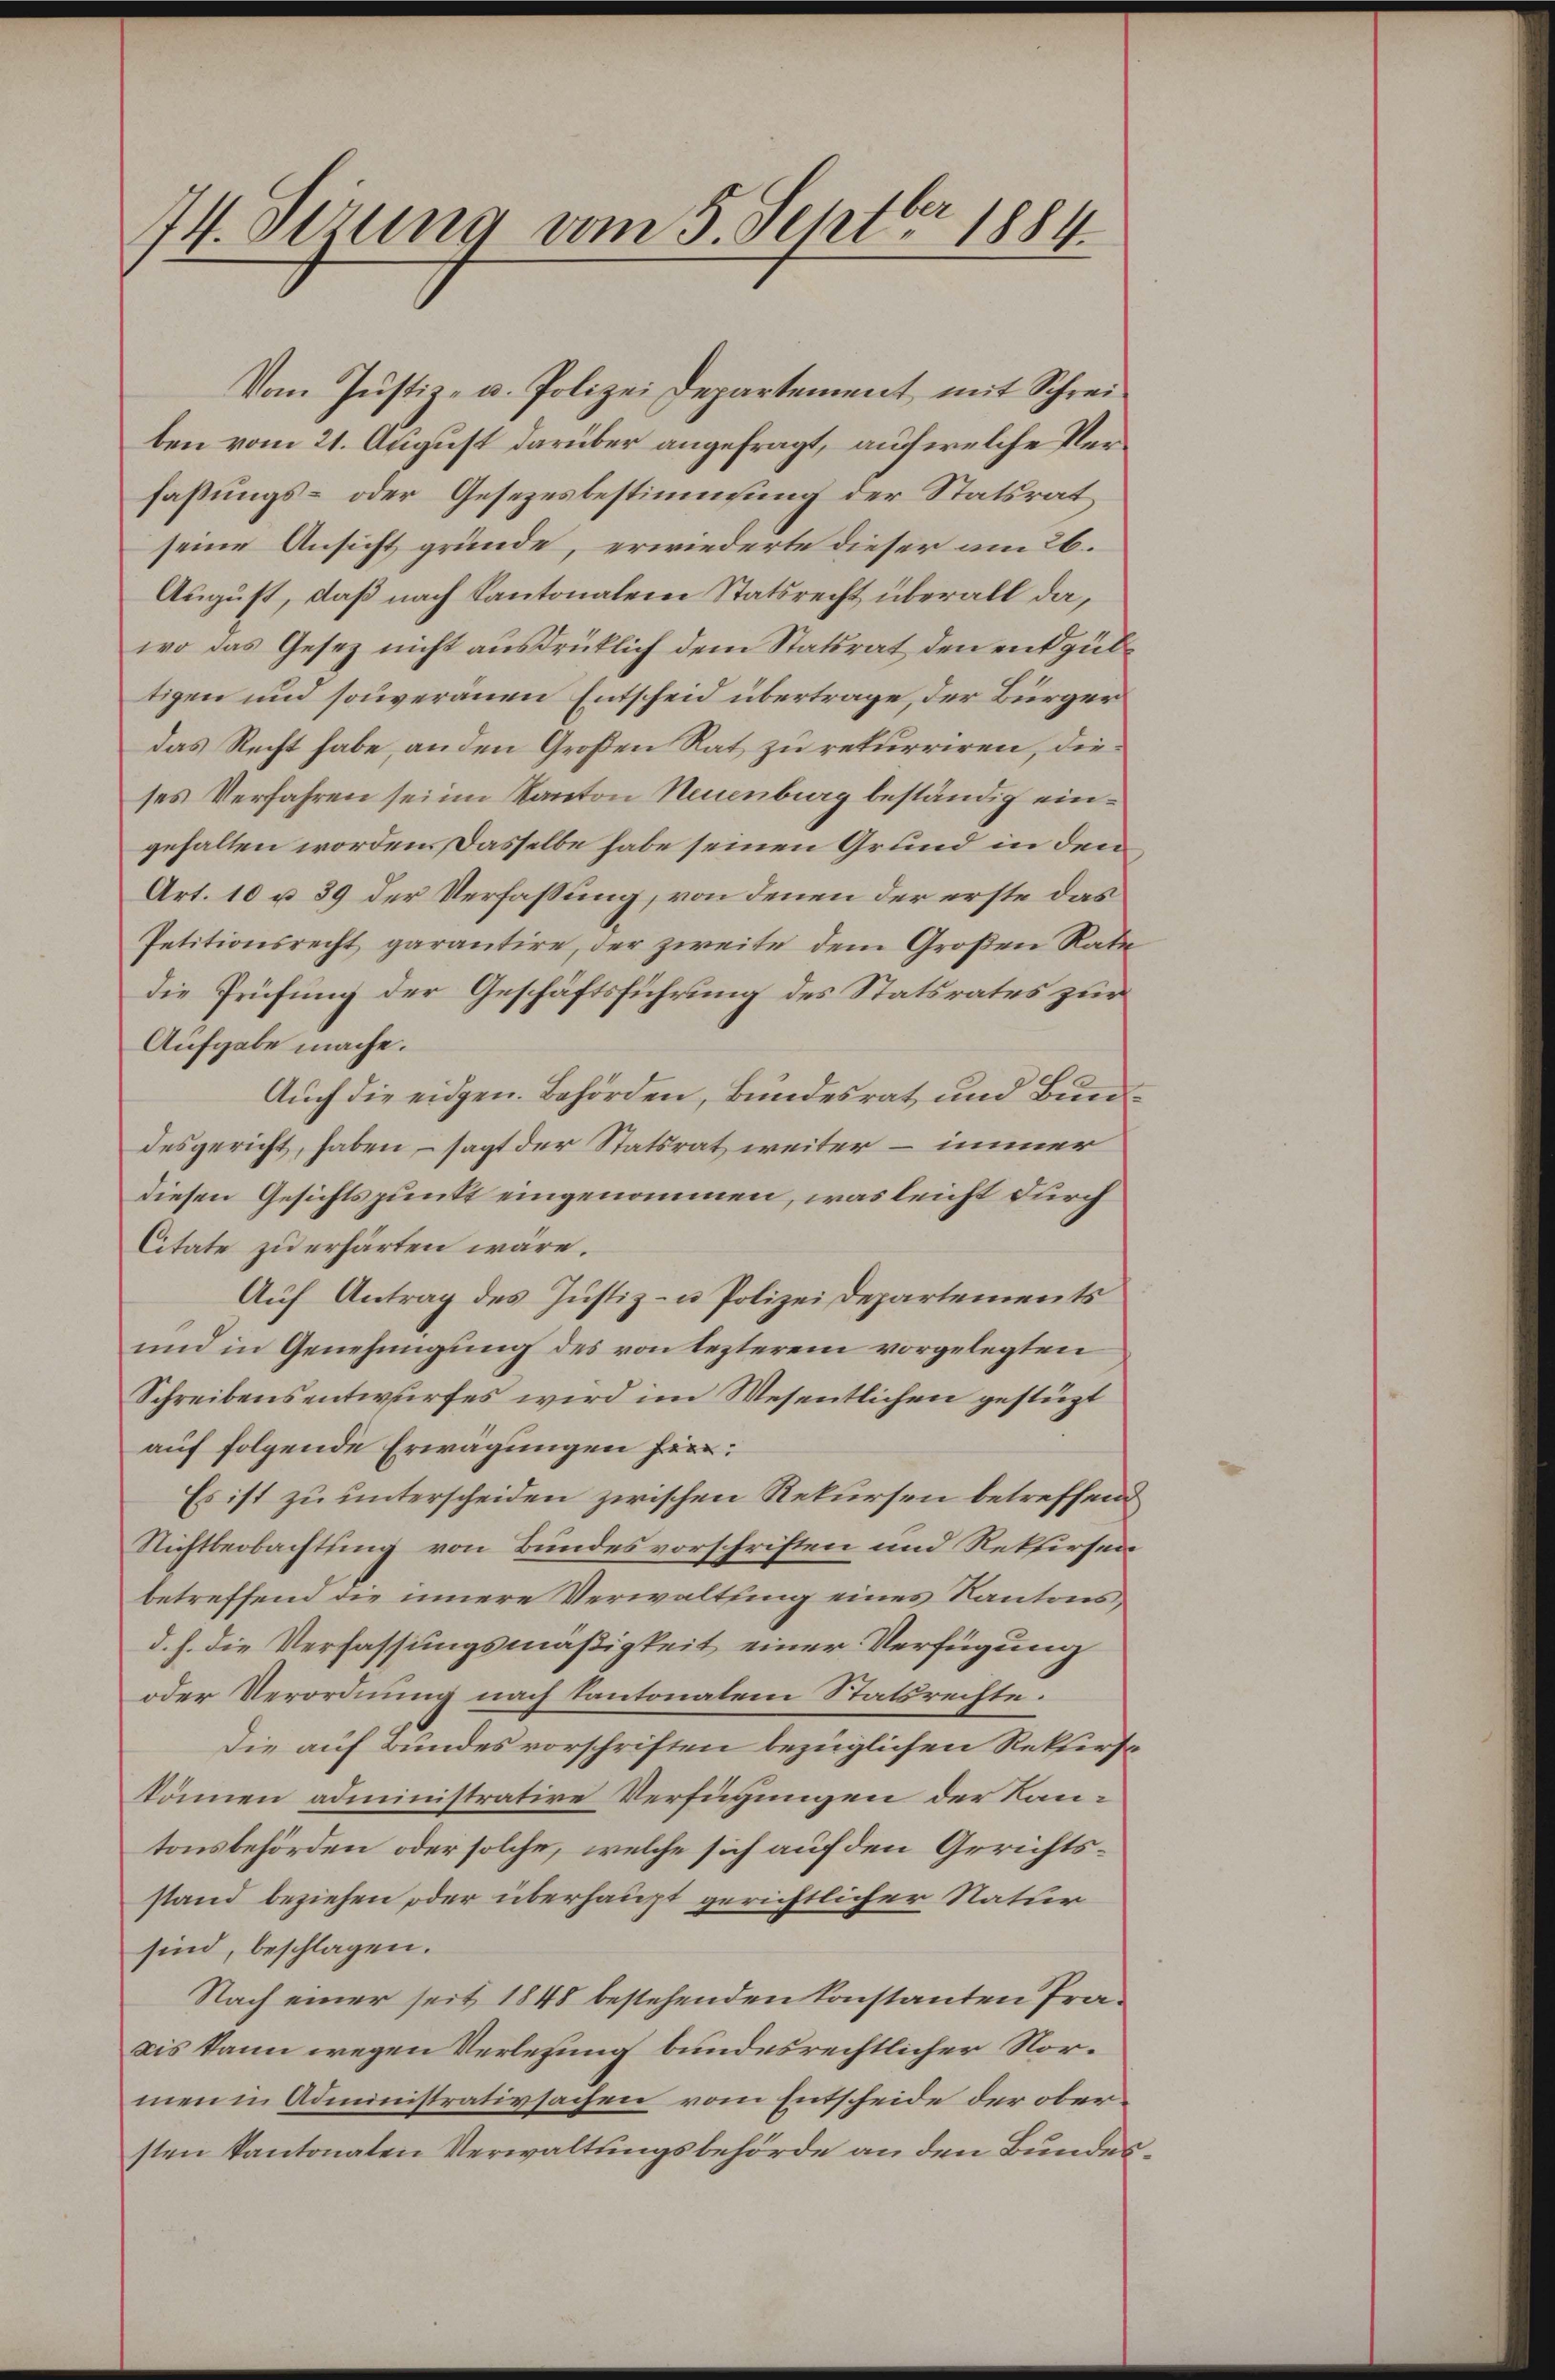
74. derung vom 5. Septbr 1884.

Vom Justiz- u. Polizei Departement mit Schrei-
ben vom 21. August darüber angefragt, auf welche Verfaßungs- oder Gesezesbestimmung der Statsrat
seine Ansicht gründe, erwiederte dieser am 26.
August, daß nach Kantonalein Statsrecht überall da,
wo das Gesetz nicht ausdrücklich dem Statsrat den entpubtigen und souveranen Entscheid übertrage, der Bürger
das Recht habe, an den Großen Rat zu rekurriren, dieses Verfahren sei im Kanton Neuenburg beständig eingehalten worden. Dasselbe habe seinen Grund in den
Art. 10 u. 39 der Verfaßung, von denen der erste das
Petitionsrecht garantire, der zweite dem Großen Rate
die Prüfung der Geschäftsführung des Statsrates zur
Aufgabe mache.
Auch die eidgen. Behörden, Bundesrat und Bundesgericht, haben – sagt der Statsrat weiter – immer
diesen Gesichtspunkt eingenommen, was leicht durch
Citate zu erhärten wäre.
Auf Antrag des Justiz- u Polizei Departements
und in Genehmigung des von lezterem vorgelegten
Schreibensentwurfes wird im Wesentlichen gestüzt
auf folgende Erwägungen her:
Es ist zu unterscheiden zwischen Rekursen betreffend
Richtbeobachtung von Bundesvorschriften und Rekursen
betreffend die innere Verwaltung eines Kantonsd. h. die Verfassungsmäßigkeit einer Verfügung
oder Verordnung nach Kantonalem Statsrechte.
Die auf Bundesvorschriften bezüglichen Rekurse
können administrative Verfügungen der Kantonsbehörden oder solche, welche sich auf den Gerichtsstand beziehen oder überhaupt gerichtlicher Natur
sind, beschlagen.
Nach einer seit 1848 bestehenden konstanten Präais kann wegen Verletzung bundesrechtlicher Normen in Administrativsachen vom Entscheide der obersten kantonalen Verwaltungsbehörde an den Bundes